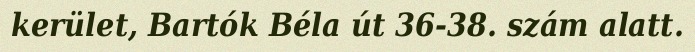
kerület, Bartók Béla út 36-38. szám alatt.